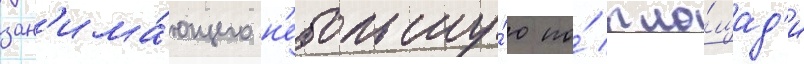
зан'има́ющего н'ебольшу́ю по́ пло́щад'и